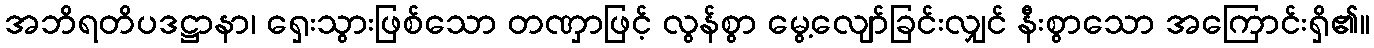
အဘိရတိပဒဋ္ဌာနာ၊ ရှေးသွားဖြစ်သော တဏှာဖြင့် လွန်စွာ မွေ့လျော်ခြင်းလျှင် နီးစွာသော အကြောင်းရှိ၏။